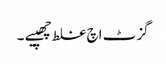
گزٹ اچ غلط چھپیے ۔